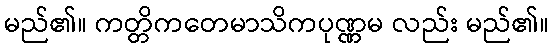
မည်၏။ ကတ္တိကတေမာသိကပုဏ္ဏမ လည်း မည်၏။